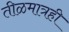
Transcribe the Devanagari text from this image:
तीळमात्रही